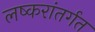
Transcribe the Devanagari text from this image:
लष्करांतर्गत